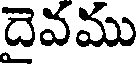
దైవము